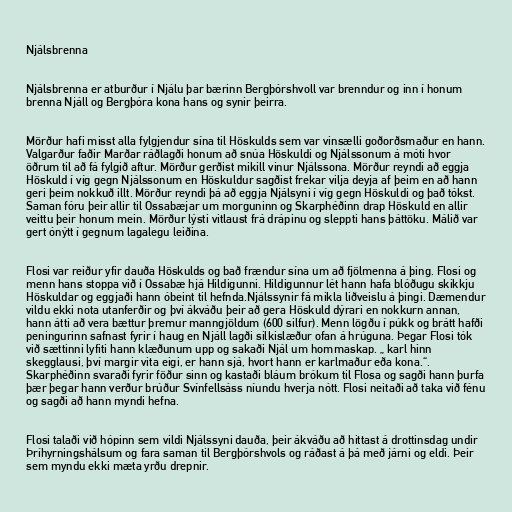
Njálsbrenna

Njálsbrenna er atburður í Njálu þar bærinn Bergþórshvoll var brenndur og inn í honum
brenna Njáll og Bergþóra kona hans og synir þeirra.

Mörður hafi misst alla fylgjendur sína til Höskulds sem var vinsælli goðorðsmaður en hann.
Valgarður faðir Marðar ráðlagði honum að snúa Höskuldi og Njálssonum á móti hvor
öðrum til að fá fylgið aftur. Mörður gerðist mikill vinur Njálssona. Mörður reyndi að eggja
Höskuld í víg gegn Njálssonum en Höskuldur sagðist frekar vilja deyja af þeim en að hann
geri þeim nokkuð illt. Mörður reyndi þá að eggja Njálsyni í víg gegn Höskuldi og það tókst.
Saman fóru þeir allir til Ossabæjar um morguninn og Skarphéðinn drap Höskuld en allir
veittu þeir honum mein. Mörður lýsti vitlaust frá drápinu og sleppti hans þáttöku. Málið var
gert ónýtt í gegnum lagalegu leiðina.

Flosi var reiður yfir dauða Höskulds og bað frændur sína um að fjölmenna á þing. Flosi og
menn hans stoppa við í Ossabæ hjá Hildigunni. Hildigunnur lét hann hafa blóðugu skikkju
Höskuldar og eggjaði hann óbeint til hefnda.Njálssynir fá mikla liðveislu á þingi. Dæmendur
vildu ekki nota utanferðir og því ákváðu þeir að gera Höskuld dýrari en nokkurn annan,
hann átti að vera bættur þremur manngjöldum (600 silfur). Menn lögðu í púkk og brátt hafði
peningurinn safnast fyrir í haug en Njáll lagði silkislæður ofan á hrúguna. Þegar Flosi tók
við sættinni lyfiti hann klæðunum upp og sakaði Njál um hommaskap. „ karl hinn
skegglausi, því margir vita eigi, er hann sjá, hvort hann er karlmaður eða kona.“.
Skarphéðinn svaraði fyrir föður sinn og kastaði bláum brókum til Flosa og sagði hann þurfa
þær þegar hann verður brúður Svínfellsáss níundu hverja nótt. Flosi neitaði að taka við fénu
og sagði að hann myndi hefna.

Flosi talaði við hópinn sem vildi Njálssyni dauða, þeir ákváðu að hittast á drottinsdag undir
Þríhyrningshálsum og fara saman til Bergþórshvols og ráðast á þá með járni og eldi. Þeir
sem myndu ekki mæta yrðu drepnir.